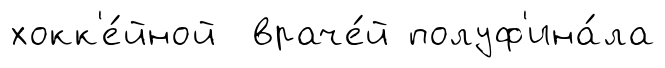
хокк'е́йной враче́й полуф'ина́ла